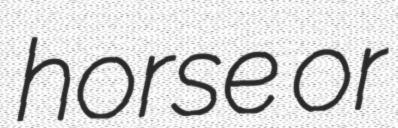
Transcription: horse or